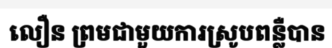
លឿន ព្រមជាមួយការស្រូបពន្លឺបាន